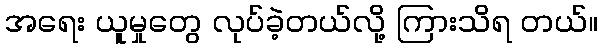
အရေး ယူမှုတွေ လုပ်ခဲ့တယ်လို့ ကြားသိရ တယ်။